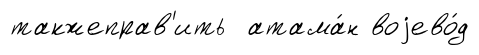
такжеправ'ить атама́н воjево́д